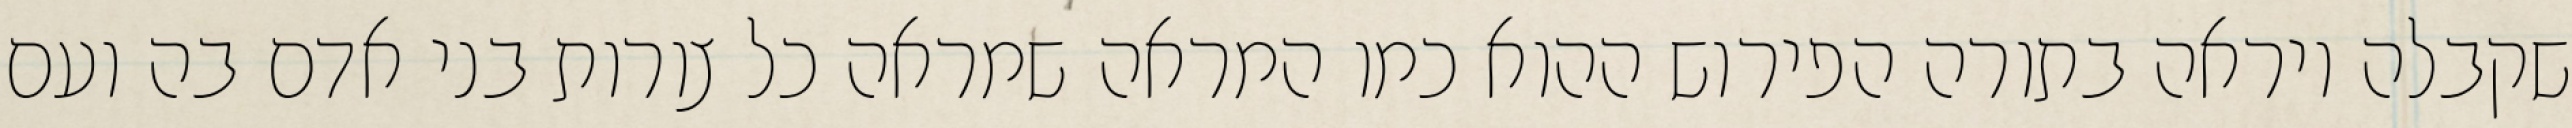
שקבלה ויראה בתורה הפירוש ההוא כמו המראה שמראה כל צורות בני אדם בה ועם